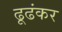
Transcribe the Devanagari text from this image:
ढूढंकर